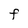
Character: F